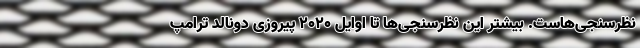
نظرسنجی‌هاست. بیشتر این نظرسنجی‌ها تا اوایل 2020 پیروزی دونالد ترامپ